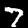
Digit: 7